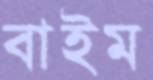
বাইম